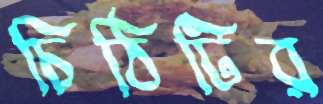
চিঠিটির